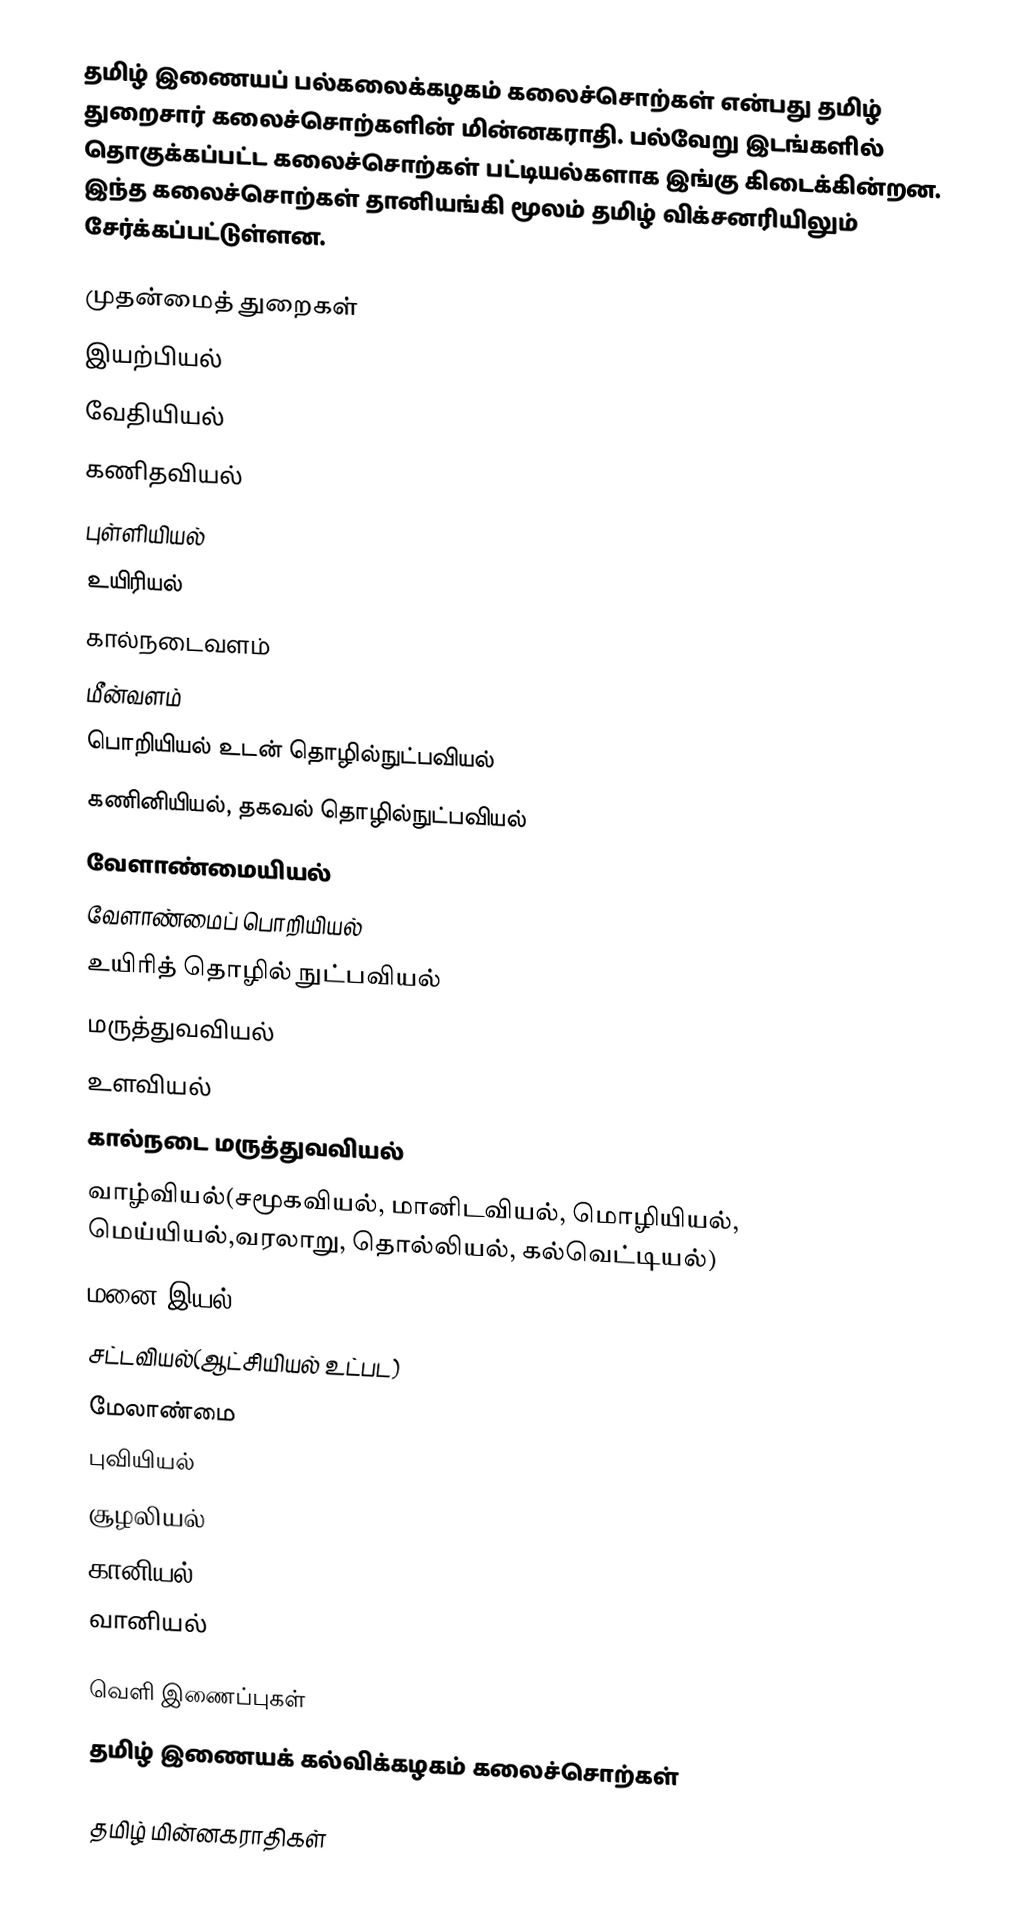
தமிழ் இணையப் பல்கலைக்கழகம் கலைச்சொற்கள் என்பது தமிழ் துறைசார் கலைச்சொற்களின் மின்னகராதி.  பல்வேறு இடங்களில் தொகுக்கப்பட்ட கலைச்சொற்கள் பட்டியல்களாக இங்கு கிடைக்கின்றன.  இந்த கலைச்சொற்கள் தானியங்கி மூலம் தமிழ் விக்சனரியிலும் சேர்க்கப்பட்டுள்ளன.

முதன்மைத் துறைகள்
 இயற்பியல்
 வேதியியல்
 கணிதவியல்
 புள்ளியியல்
 உயிரியல்
 கால்நடைவளம்
 மீன்வளம்
 பொறியியல் உடன் தொழில்நுட்பவியல்
 கணினியியல், தகவல் தொழில்நுட்பவியல்
 வேளாண்மையியல்
 வேளாண்மைப் பொறியியல்
 உயிரித் தொழில் நுட்பவியல்
 மருத்துவவியல்
 உளவியல்
 கால்நடை மருத்துவவியல்
 வாழ்வியல்(சமூகவியல், மானிடவியல், மொழியியல், மெய்யியல்,வரலாறு, தொல்லியல், கல்வெட்டியல்)
 மனை இயல்
 சட்டவியல்(ஆட்சியியல் உட்பட)
 மேலாண்மை
 புவியியல்
 சூழலியல்
 கானியல்
 வானியல்

வெளி இணைப்புகள்
 தமிழ் இணையக் கல்விக்கழகம் கலைச்சொற்கள்

தமிழ் மின்னகராதிகள்